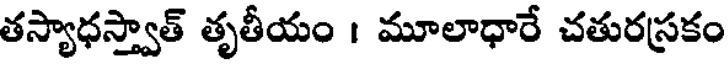
తస్యాధస్త్వాత్ తృతీయం । మూలాధారే చతురస్రకం